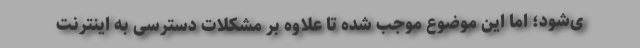
ی‌شود؛ اما این موضوع موجب شده تا علاوه بر مشکلات دسترسی به اینترنت